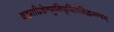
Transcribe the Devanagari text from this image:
ब्रह्मादिदेवमुनिपूजितसिद्धमन्त्रम्